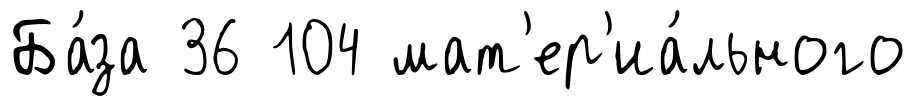
Ба́за 36 104 мат'ер'иа́льного